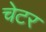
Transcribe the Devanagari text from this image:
चेटर